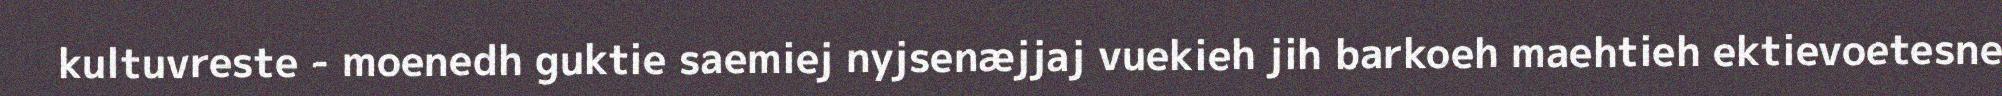
kultuvreste - moenedh guktie saemiej nyjsenæjjaj vuekieh jih barkoeh maehtieh ektievoetesne